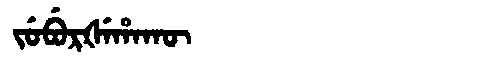
Manchu: ᠵᡠᠪᡠᡵᡧᡝᡥᠠᡴᡡ
Romanization: JUBURŠEHAKŪ